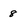
Character: 8